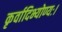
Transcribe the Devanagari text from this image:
कृर्वादिभ्योण्यः।